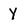
Character: y